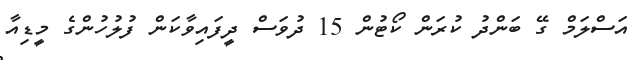
އަސްލަމް ގޭ ބަންދު ކުރަން ކޯޓުން 15 ދުވަސް ދީފައިވާކަން ފުލުހުންގެ މީޑިއާ